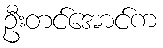
ဦးတင်အောင်က